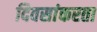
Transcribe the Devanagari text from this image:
दिवसांकरता